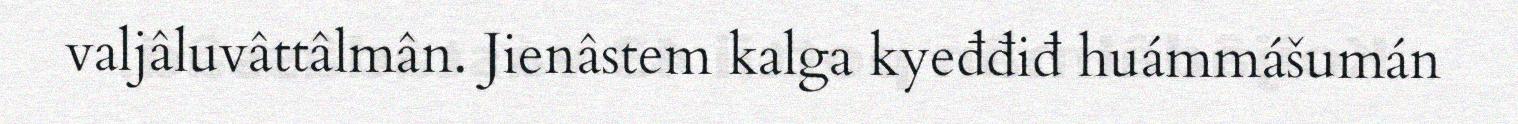
valjâluvâttâlmân. Jienâstem kalga kyeđđiđ huámmášumán